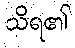
သိရ၏